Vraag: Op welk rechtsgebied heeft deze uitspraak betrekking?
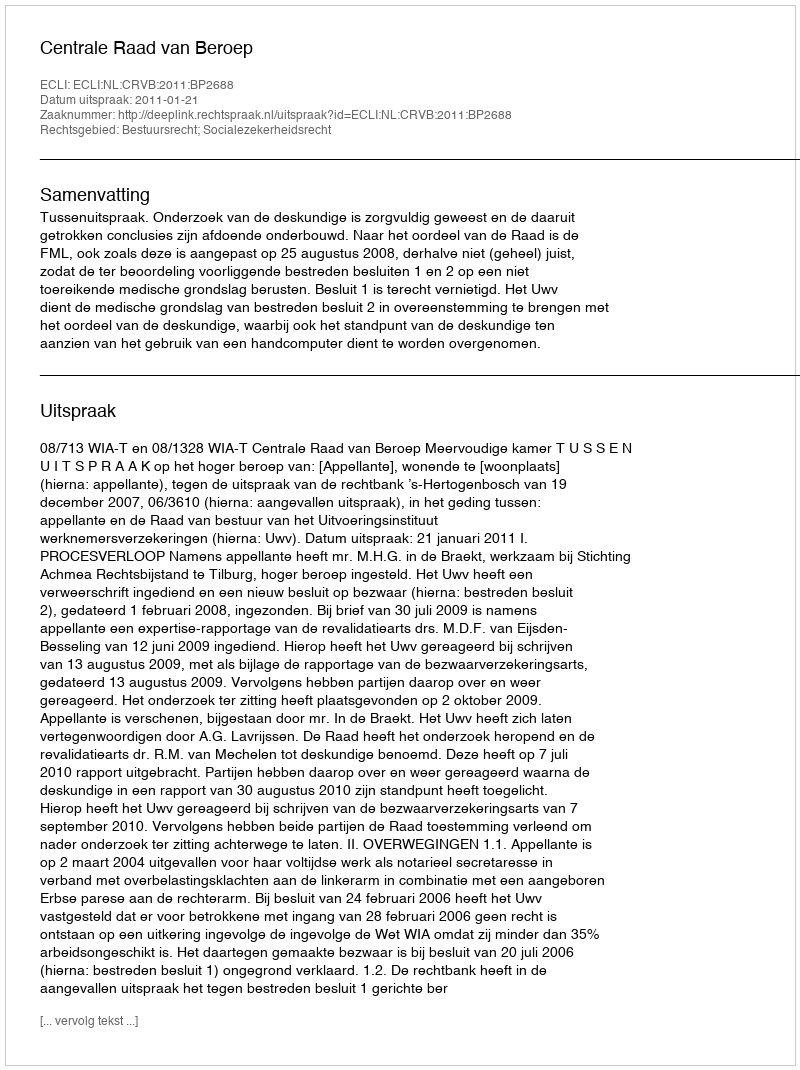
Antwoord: Bestuursrecht; Socialezekerheidsrecht